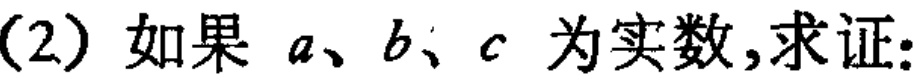
(2) 如果 \(a、b、c\) 为实数,求证: